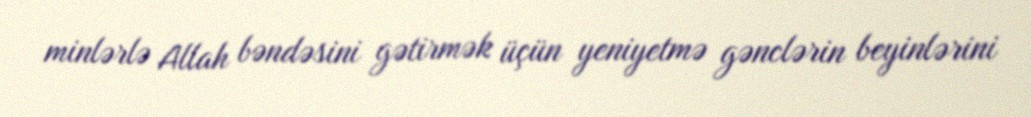
minlərlə Allah bəndəsini gətirmək üçün yeniyetmə gənclərin beyinlərini